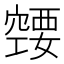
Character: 𰩚